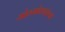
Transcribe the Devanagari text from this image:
मोठमोठ्यांच्या